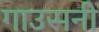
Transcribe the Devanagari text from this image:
गाउसनी